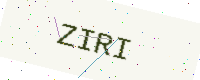
Text: ZIRI